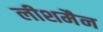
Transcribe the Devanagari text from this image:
लीशमैन